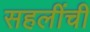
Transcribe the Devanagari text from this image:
सहलींची